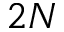
2 N